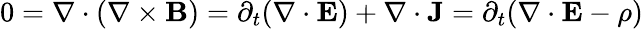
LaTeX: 0=\nabla\cdot(\nabla\times{\mathbf B})=\partial_{t}(\nabla\cdot{\mathbf E})+\nabla\cdot{\mathbf J}=\partial_{t}(\nabla\cdot{\mathbf E}-\rho)